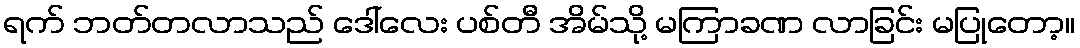
ရက် ဘတ်တလာသည် ဒေါ်လေး ပစ်တီ အိမ်သို့ မကြာခဏ လာခြင်း မပြုတော့။